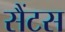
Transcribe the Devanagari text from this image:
सैंटस